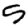
Digit: 5